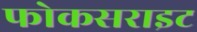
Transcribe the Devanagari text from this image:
फोकसराइट